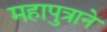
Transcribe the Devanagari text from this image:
महापुत्राने